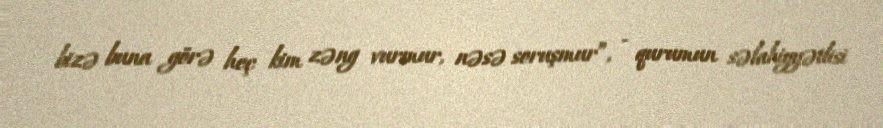
bizə buna görə heç kim zəng vurmur, nəsə soruşmur”, - qurumun səlahiyyətlisi